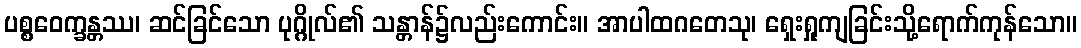
ပစ္စဝေက္ခန္တဿ၊ ဆင်ခြင်သော ပုဂ္ဂိုလ်၏ သန္တာန်၌လည်းကောင်း။ အာပါထဂတေသု၊ ရှေးရှုကျခြင်းသို့ရောက်ကုန်သော။